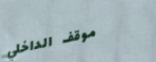
موقف الداخلي